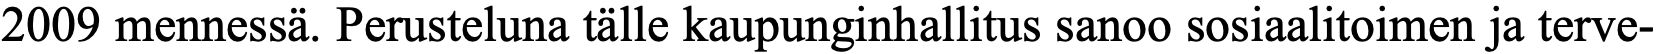
2009 mennessä. Perusteluna tälle kaupunginhallitus sanoo sosiaalitoimen ja terve-